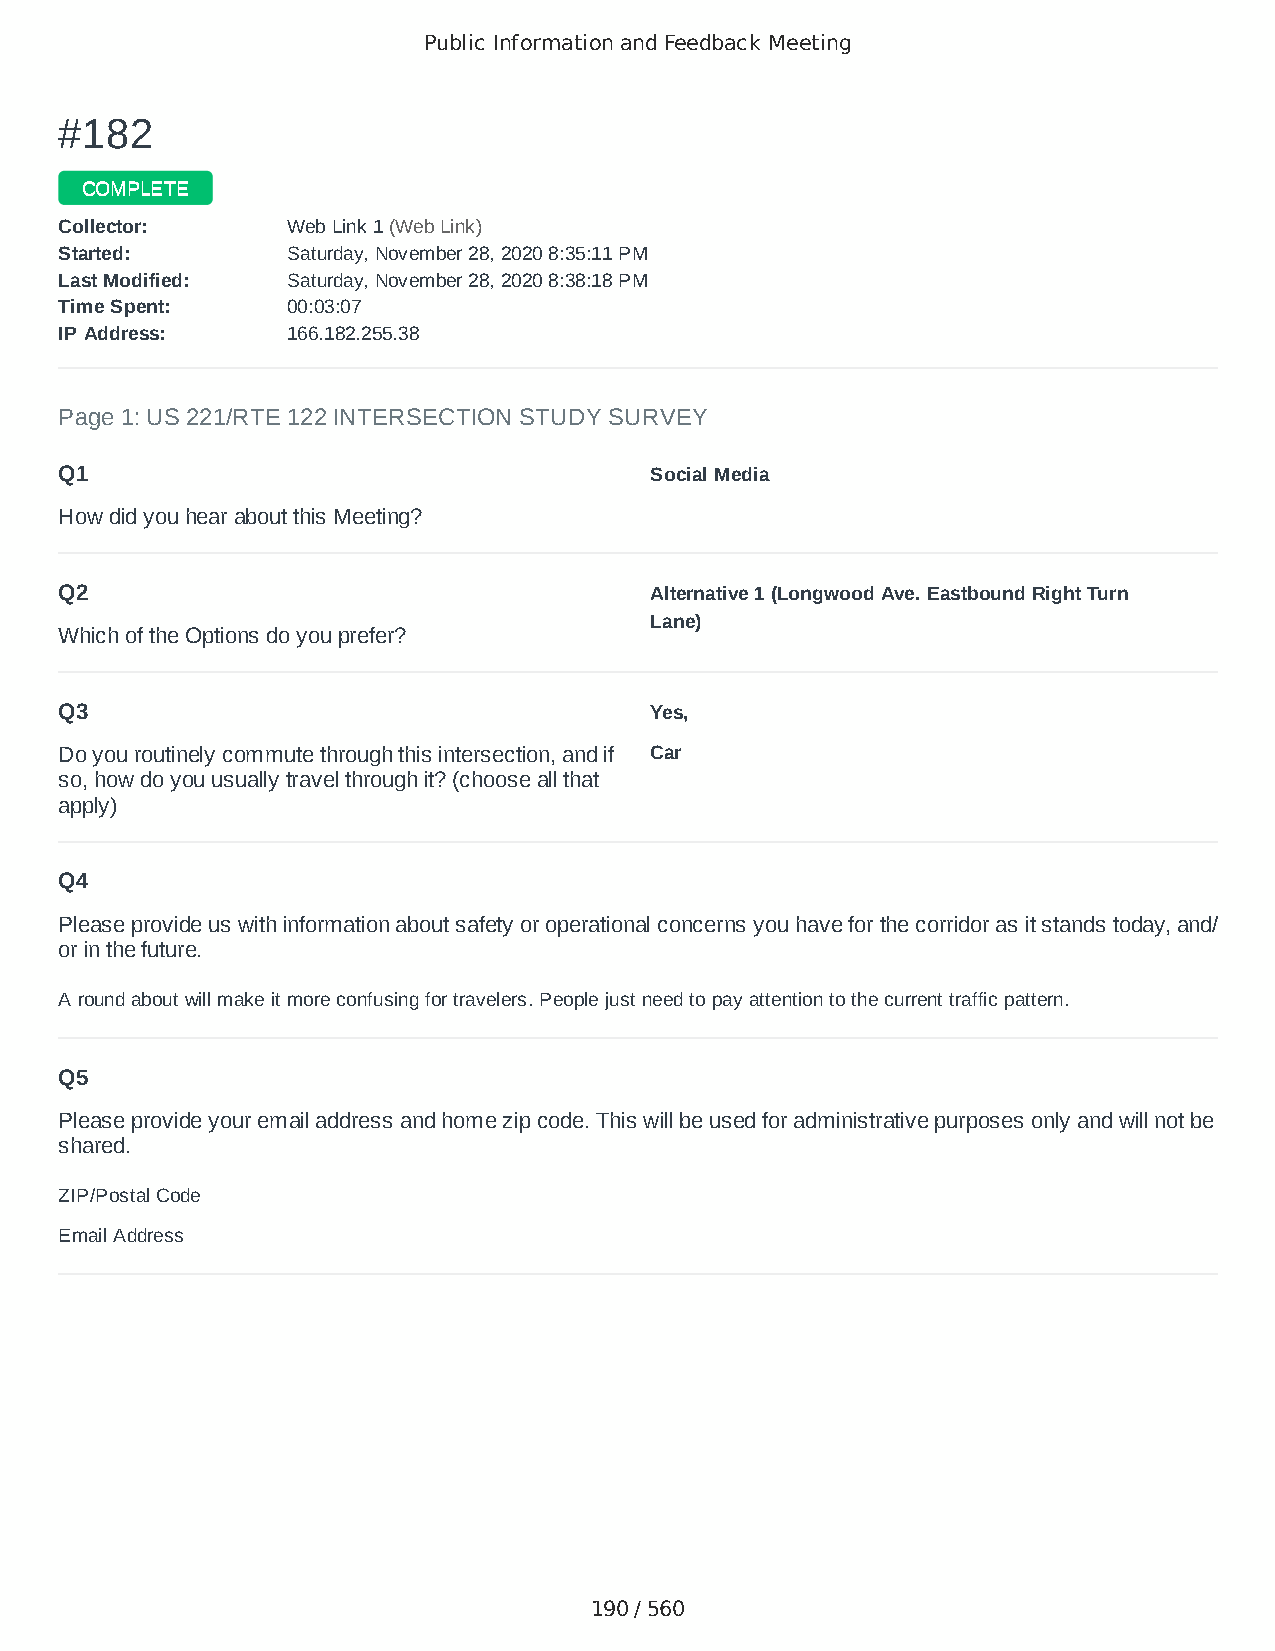
Public Information and Feedback Meeting
 ##118822
 CCOOMMPPLLEETTEE
 CCoolllleeccttoorr:: WWeebb LLiinnkk 11 ((WWeebb LLiinnkk))
 SSttaarrtteedd:: SSaattuurrddaayy,, NNoovveemmbbeerr 2288,, 22002200 88::3355::1111 PPMM
 LLaasstt MMooddiiffiieedd:: SSaattuurrddaayy,, NNoovveemmbbeerr 2288,, 22002200 88::3388::1188 PPMM
 TTiimmee SSppeenntt:: 0000::0033::0077
 IIPP AAddddrreessss:: 116666..118822..225555..3388
 Page 1: US 221/RTE 122 INTERSECTION STUDY SURVEY
 Q1                                     Social Media
 How did you hear about this Meeting?
 Q2                                     Alternative 1 (Longwood Ave. Eastbound Right Turn
 Lane)
 Which of the Options do you prefer?
 Q3                                     Yes,
 Do you routinely commute through this intersection, and if Car
 so, how do you usually travel through it? (choose all that
 apply)
 Q4
 Please provide us with information about safety or operational concerns you have for the corridor as it stands today, and/
 or in the future.
 A round about will make it more confusing for travelers. People just need to pay attention to the current traffic pattern.
 Q5
 Please provide your email address and home zip code. This will be used for administrative purposes only and will not be
 shared.
 ZIP/Postal Code                        24523
 Email Address                          gordon636@yahoo.com
 190 / 560